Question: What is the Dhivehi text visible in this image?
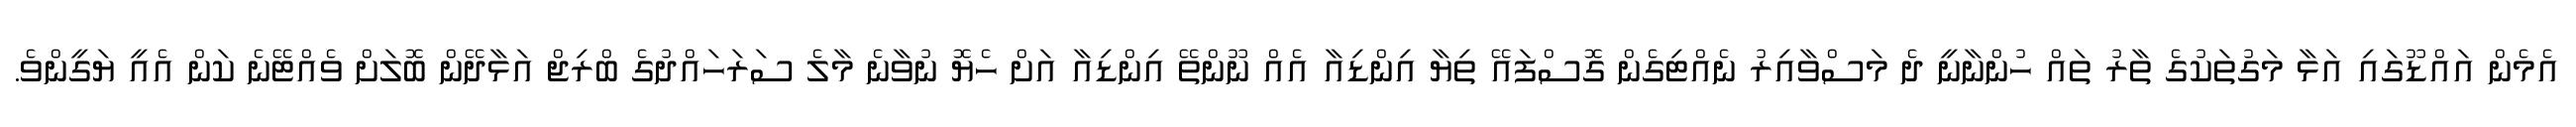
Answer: އެމެން އައްޑޫގައި އަޅާ މަގުތަކުގެ ތާރު ތައް ހުންނާނީ ދެ މަސްވާއިރު ނެއްޓިގެން ގޮސްފައޭ ތިޔާ އިންޑިއާ އެއް ނޫންތޭ އިންޑިއާ އަށް ހެޔޮ ނުވާނެ މާލެ ސަރަހައްދުގެ ބްރިޖް އަޅާދޭން ބޮލަށް ވެއްޓޭނެ ކަން އެއީ ޔަގީންވެ.